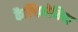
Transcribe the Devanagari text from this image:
कैलिफ़ोनिया